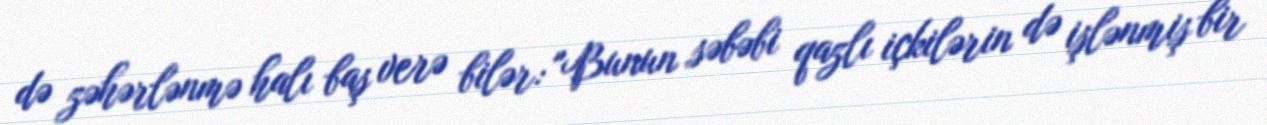
də zəhərlənmə halı baş verə bilər: "Bunun səbəbi qazlı içkilərin də işlənmiş bir